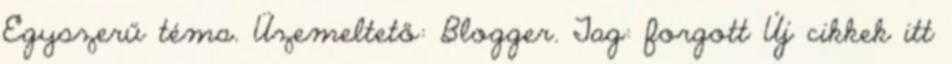
Egyszerű téma. Üzemeltető: Blogger. Tag: forgott Új cikkek itt